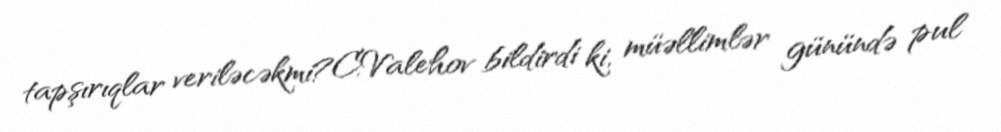
tapşırıqlar veriləcəkmi?C.Valehov bildirdi ki, müəllimlər günündə pul